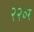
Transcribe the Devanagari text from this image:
२२०र